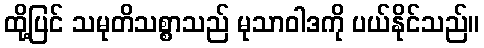
ထို့ပြင် သမုတိသစ္စာသည် မုသာဝါဒကို ပယ်နိုင်သည်။